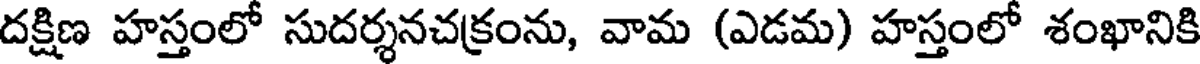
దక్షిణ హస్తంలో సుదర్శనచక్రంను, వామ (ఎడమ) హస్తంలో శంఖానికి